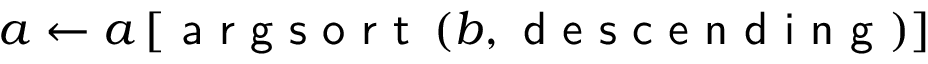
a \gets a \left[ \textsf { a r g s o r t } \left( b , \textsf { d e s c e n d i n g } \right) \right]